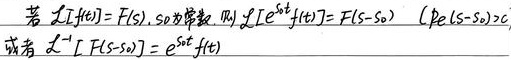
若\(\mathcal{L}[f(t)] = F(s)\)，\(s_0\)为常数，则\(\mathcal{L}[e^{s_0t}f(t)] = F(s - s_0)\)（\(\mathrm{Re}(s - s_0)>c\)），或者\(\mathcal{L}^{-1}[F(s - s_0)] = e^{s_0t}f(t)\)